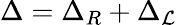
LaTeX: \Delta=\Delta_{R}+\Delta_{\mathcal{L}}